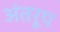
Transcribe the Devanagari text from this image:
अंतरूप